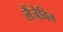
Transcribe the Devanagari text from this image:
लैंजेविन